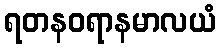
ရတနဝရာနမာလယံ